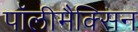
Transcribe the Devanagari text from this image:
पॉलीमैक्सिन